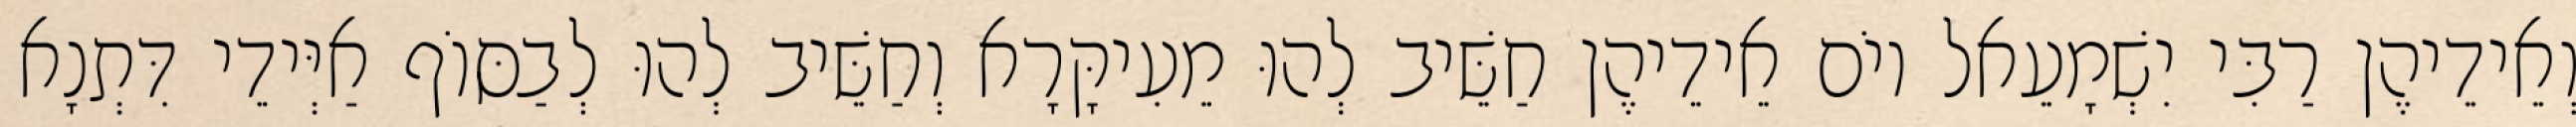
וְאֵידֵיהֶן רַבִּי יִשְׁמָעֵאל יוֹם אֵידֵיהֶן חַשֵּׁיב לְהוּ מֵעִיקָּרָא וְחַשֵּׁיב לְהוּ לְבַסּוֹף אַיְּידֵי דִּתְנָא